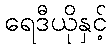
ရေဒီယိုနှင့်